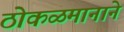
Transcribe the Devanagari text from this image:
ठोकळमानाने